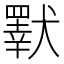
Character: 𤢕